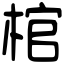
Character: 棺